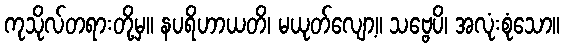
ကုသိုလ်တရားတို့မှ။ နပရိဟာယတိ၊ မယုတ်လျော့။ သဗ္ဗေပိ၊ အလုံးစုံသော။